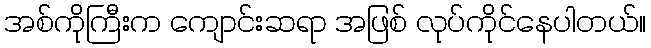
အစ်ကိုကြီးက ကျောင်းဆရာ အဖြစ် လုပ်ကိုင်နေပါတယ်။